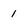
Character: 1